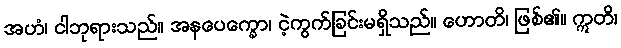
အဟံ၊ ငါဘုရားသည်။ အနပေက္ခော၊ ငဲ့ကွက်ခြင်းမရှိသည်။ ဟောတိ၊ ဖြစ်၏။ ဣတိ၊